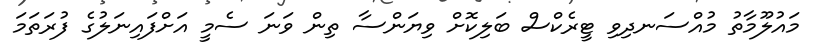
މައުލޫމާތު މުއްސަނދިވި ޓީރެކްސް ބަލިކޮށް ވިޔަންސާ ތިން ވަނަ ސެމީ އަށްފައިނަލުގެ ފުރަތަމަ